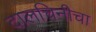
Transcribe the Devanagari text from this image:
दालचिनीचा